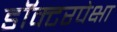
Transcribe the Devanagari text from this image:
डॉक्टरपेक्षा